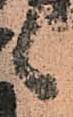
候